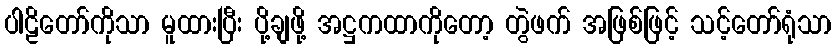
ပါဠိတော်ကိုသာ မူထားပြီး ပို့ချဖို့ အဋ္ဌကထာကိုတော့ တွဲဖက် အဖြစ်ဖြင့် သင့်တော်ရုံသာ